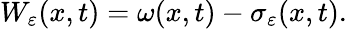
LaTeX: W_{\varepsilon}(x,t)=\omega(x,t)-\sigma_{\varepsilon}(x,t).